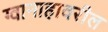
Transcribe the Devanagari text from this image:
ग्वानाहावरील